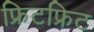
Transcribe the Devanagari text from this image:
फ्रिटफ्रिट